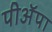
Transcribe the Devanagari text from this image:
पीअॅपा